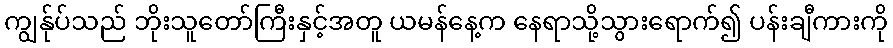
ကျွန်ုပ်သည် ဘိုးသူတော်ကြီးနှင့်အတူ ယမန်နေ့က နေရာသို့သွားရောက်၍ ပန်းချီကားကို